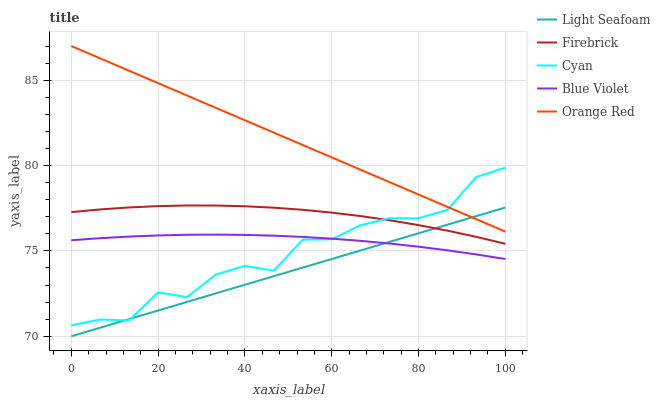
| xaxis_label | Light Seafoam | Firebrick | Cyan | Blue Violet | Orange Red |
 | --- | --- | --- | --- | --- | --- |
 | 0 | 70 | 77.3 | 70.6 | 75.6 | 87 |
 | 6.67 | 70.5 | 77.4 | 71 | 75.7 | 86.3 |
 | 13.3 | 71 | 77.5 | 70.9 | 75.8 | 85.6 |
 | 20 | 71.5 | 77.6 | 72.6 | 75.9 | 84.8 |
 | 26.7 | 72 | 77.7 | 72.3 | 75.9 | 84.1 |
 | 33.3 | 72.5 | 77.7 | 73.6 | 76 | 83.4 |
 | 40 | 73 | 77.6 | 74.1 | 75.9 | 82.7 |
 | 46.7 | 73.5 | 77.5 | 73.8 | 75.9 | 81.9 |
 | 53.3 | 74 | 77.4 | 75.7 | 75.8 | 81.2 |
 | 60 | 74.5 | 77.2 | 75.7 | 75.7 | 80.5 |
 | 66.7 | 75 | 77 | 76.5 | 75.6 | 79.8 |
 | 73.3 | 75.5 | 76.8 | 76.9 | 75.4 | 79 |
 | 80 | 76 | 76.5 | 76.9 | 75.2 | 78.3 |
 | 86.7 | 76.5 | 76.2 | 77.4 | 75 | 77.6 |
 | 93.3 | 77 | 75.8 | 79.3 | 74.8 | 76.9 |
 | 100 | 77.5 | 75.4 | 79.9 | 74.5 | 76.1 |